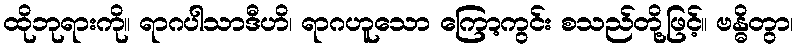
ထိုဘုရားကို။ ရာဂပါသာဒီဟိ၊ ရာဂဟူသော ကြော့ကွင်း စသည်တို့ဖြင့်။ ဗန္ဓိတွာ၊